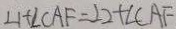
\angle 1 + \angle C A F = \angle 2 + \angle C A F